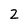
Character: 2